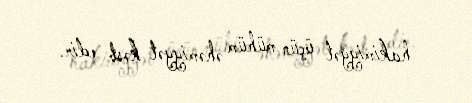
hakimiyyət üçün mühüm əhəmiyyət kəsb edir.